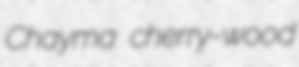
Chayma cherry-wood